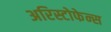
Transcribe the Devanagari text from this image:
अरिस्टोफेन्स